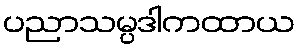
ပညာသမ္ပဒါကထာယ